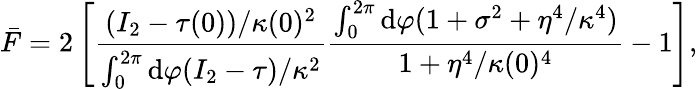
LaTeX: \bar{F}=2\left[\frac{(I_{2}-\tau(0))/\kappa(0)^{2}}{\int_{0}^{2\pi}\mathrm{d}\varphi(I_{2}-\tau)/\kappa^{2}}\frac{\int_{0}^{2\pi}\mathrm{d}\varphi(1+\sigma^{2}+\eta^{4}/\kappa^{4})}{1+\eta^{4}/\kappa(0)^{4}}-1\right],